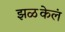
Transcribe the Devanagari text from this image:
झळकेलं